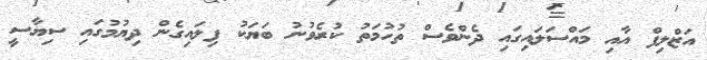
އަޒްލިފް އާއި މައްސަލައިގައި ދެންވެސް ތުހުމަތު ކުރެވުނު ބަޔަކު ފިލައިގެން ދިޔުމުގައި ސިޔާސީ